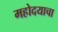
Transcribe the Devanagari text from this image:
महोदयाचा